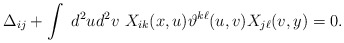
\begin{align*}\Delta_{ij}+\int \ d^2ud^2v \ X_{ik}(x,u)\vartheta^{k\ell}(u,v)X_{j\ell}(v,y)=0.\end{align*}